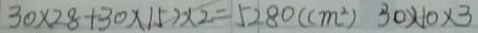
3 0 \times 2 8 + 3 0 \times 1 5 2 \times 2 = 5 2 8 0 ( c m ^ { 2 } ) 3 0 \times 1 0 \times 3